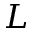
L